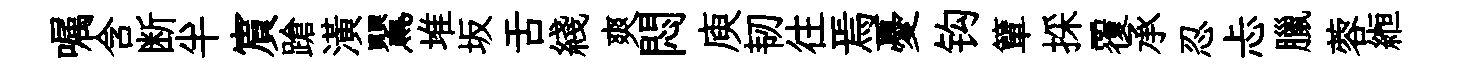
嘱含断半賔蹌潢鸎堆坂舌綫爽悶庾韧往焉憂钩簞採覆承忍忐臘蓉縆